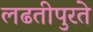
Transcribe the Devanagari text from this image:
लढतीपुरते